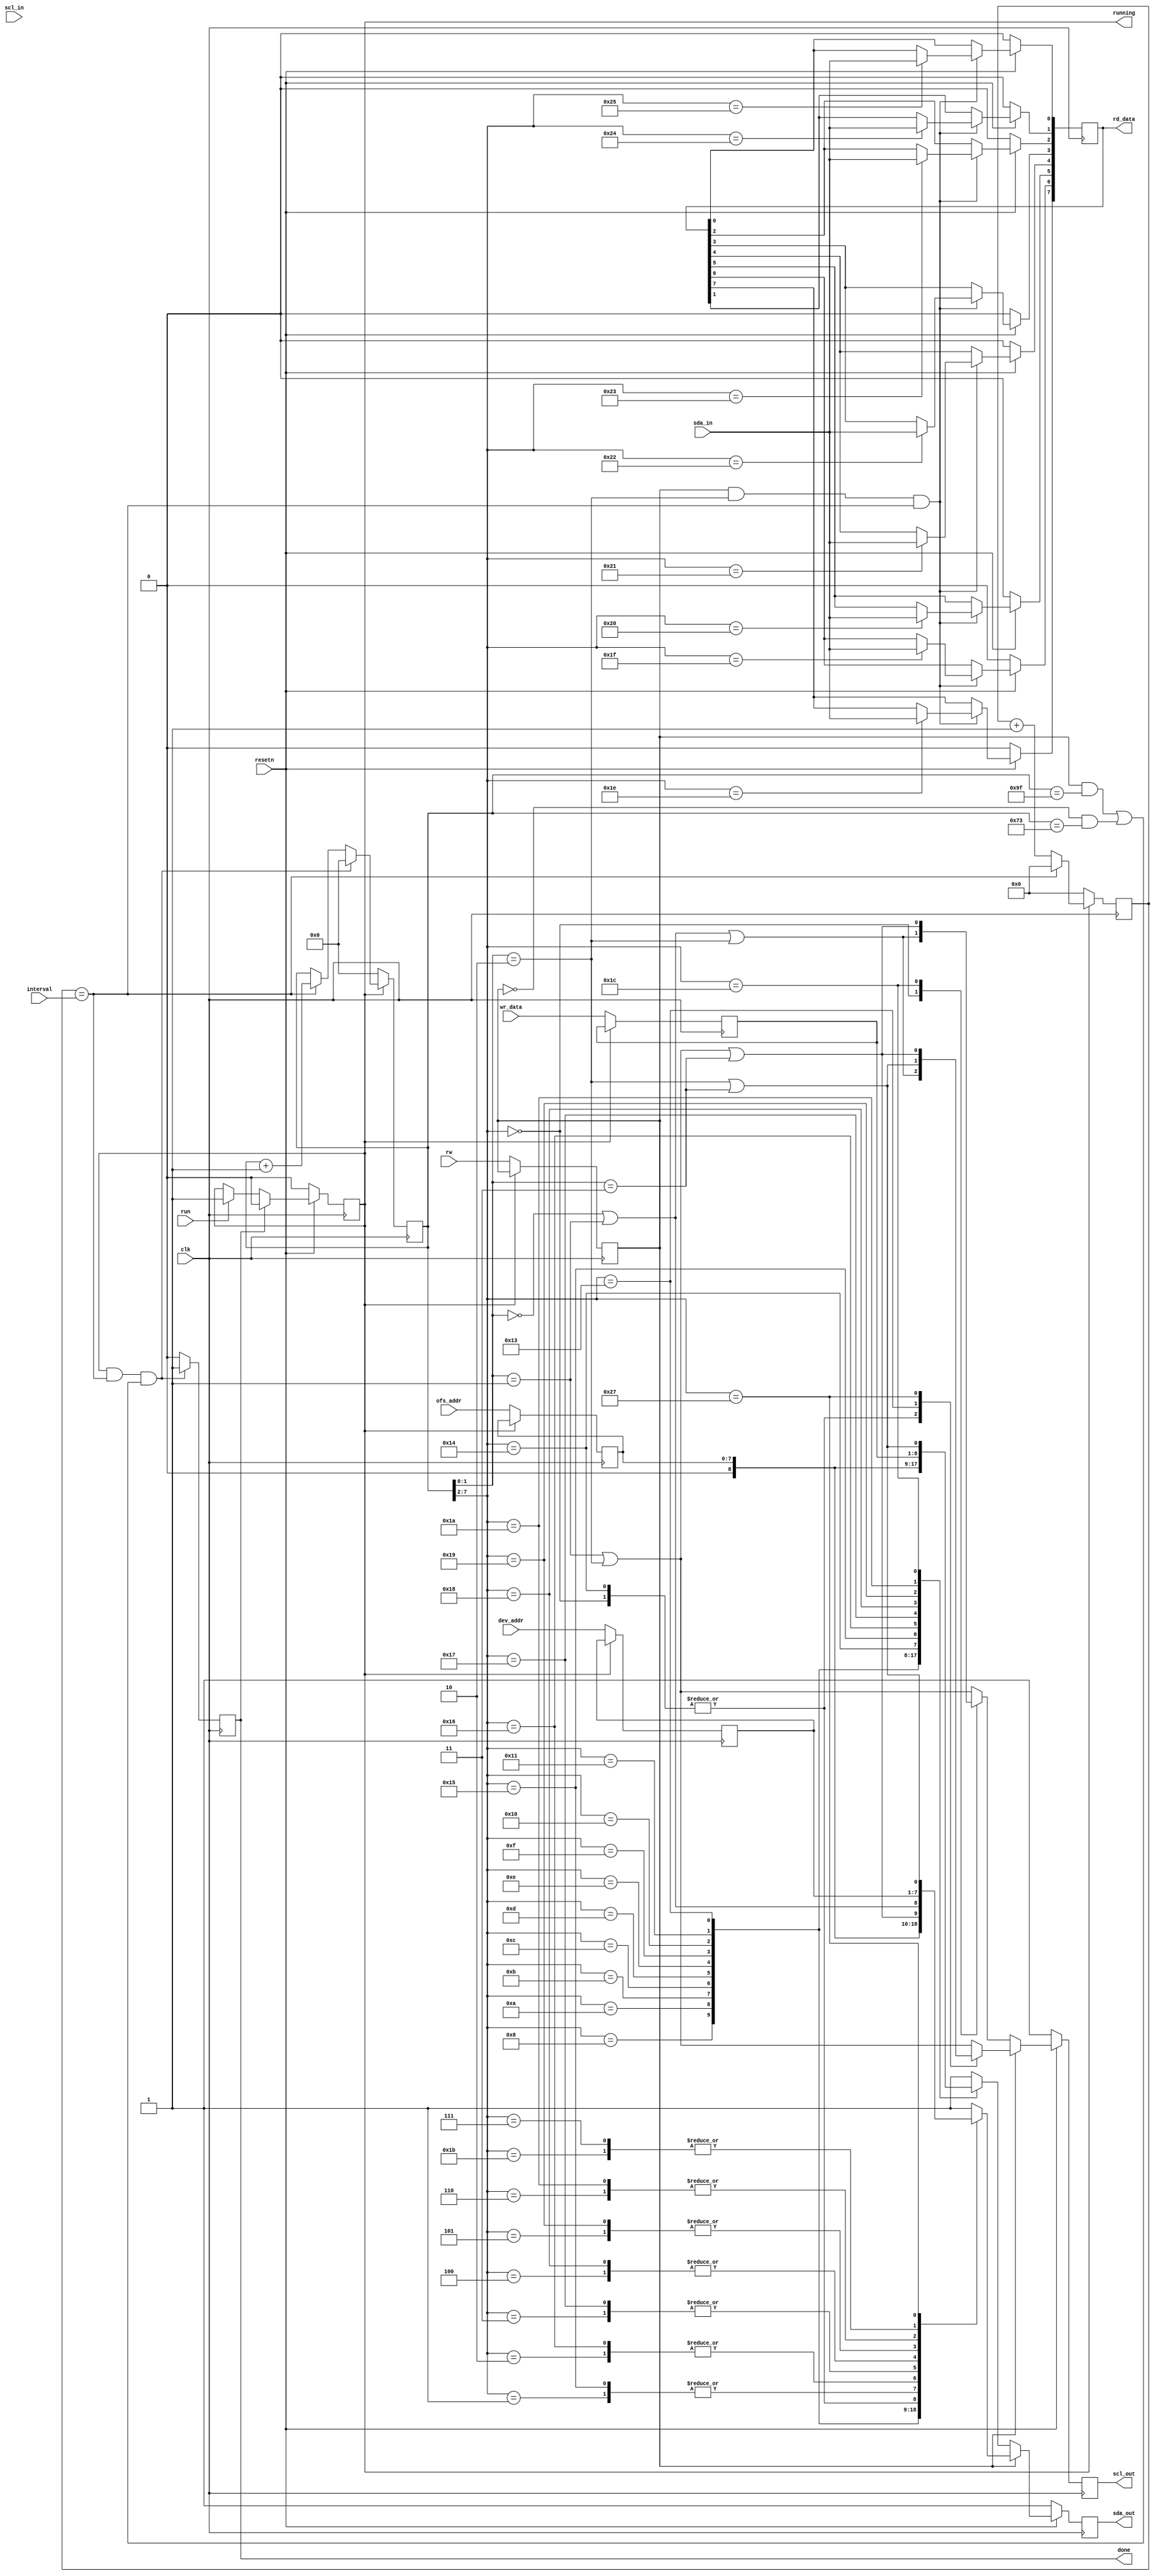
`timescale 1ns / 100ps

module lsc_i2cm(
input		clk,     	// clk 24MHz
input		rw,    		// read/write, 1:read, 0:write
input		run,    	// start (level sensitive for repeat run)
input   [4:0]   interval,
input	[6:0]	dev_addr, 
input	[7:0]	ofs_addr, 
input   [7:0]   wr_data,
input		scl_in, 
input		sda_in,  
output reg	scl_out, 
output reg	sda_out, 
output reg      running,
output reg	done,    	// done (pulse)
output reg [7:0]rd_data, 
input		resetn
);

reg	[4:0]	interval_cnt;
reg	[7:0]   main_cnt;
wire	[1:0]	tick_cnt;
wire	[5:0]	seq_cnt;
wire		tick;

reg	[6:0]	dev_addr_lat;
reg	[7:0]	ofs_addr_lat;
reg	[7:0]	wr_data_lat;
reg		rw_lat;

always @(posedge clk)
begin
    if(running != 1'b1) begin
	dev_addr_lat <= dev_addr;
	ofs_addr_lat <= ofs_addr;
	wr_data_lat  <= wr_data ;
	rw_lat       <= rw;
    end
end

always @(posedge clk)
begin
    if(running == 1'b0)
	interval_cnt <= 5'b0;
    else if(tick)
	interval_cnt <= 5'b0;
    else 
	interval_cnt <= interval_cnt + 5'b1;
end

assign tick = (interval_cnt == interval);

assign tick_cnt = main_cnt[1:0];
assign seq_cnt  = main_cnt[7:2];

always @(posedge clk)
begin
    if(running == 1'b0)
	main_cnt <= 8'b0;
    else if(running && tick && (((rw_lat == 1'b1) && (main_cnt == 8'd159)) || ((rw_lat == 1'b0) && (main_cnt == 8'd115))))
	main_cnt <= 8'b0;
    else if(tick)
	main_cnt <= main_cnt + 8'd1;
end

always @(posedge clk)
begin
    if(resetn == 1'b0) running <= 1'b0;
    else if(done)      running <= 1'b0;
    else if(run)       running <= 1'b1;
end

always @(posedge clk)
begin
    if(running && tick && (((rw_lat == 1'b1) && (main_cnt == 8'd159)) || ((rw_lat == 1'b0) && (main_cnt == 8'd115))))
	done <= 1'b1;
    else
	done <= 1'b0;
end

always @(posedge clk)
begin
    if(resetn == 1'b0) scl_out <= 1'b1;
    else if(rw_lat == 1'b1)
	case(seq_cnt)
	    6'd0, 6'd20: // start
		scl_out <= (tick_cnt == 2'd0) || (tick_cnt == 2'd1) || (tick_cnt == 2'd2);
	    6'd19: // restart
		scl_out <= (tick_cnt == 2'd2) || (tick_cnt == 2'd3);
	    6'd39: // stop
		scl_out <= (tick_cnt == 2'd1) || (tick_cnt == 2'd2) || (tick_cnt == 2'd3);
	    default: // normal bit, restart
		scl_out <= (tick_cnt == 2'd1) || (tick_cnt == 2'd2);
	endcase
    else case (seq_cnt)
	    6'd0: // start
		scl_out <= (tick_cnt == 2'd0) || (tick_cnt == 2'd1) || (tick_cnt == 2'd2);
	    6'd28: // stop
		scl_out <= (tick_cnt == 2'd1) || (tick_cnt == 2'd2) || (tick_cnt == 2'd3);
	    default: // normal bit
		scl_out <= (tick_cnt == 2'd1) || (tick_cnt == 2'd2);
	endcase
end

always @(posedge clk)
begin
    if(resetn == 1'b0) sda_out <= 1'b1;
    else if(rw_lat == 1'b1)
	case(seq_cnt)
	    6'd0: // start
		sda_out <= (tick_cnt == 2'd0) || (tick_cnt == 2'd1);
	    6'd1:
		sda_out <= dev_addr_lat[6];
	    6'd2:
		sda_out <= dev_addr_lat[5];
	    6'd3:
		sda_out <= dev_addr_lat[4];
	    6'd4:
		sda_out <= dev_addr_lat[3];
	    6'd5:
		sda_out <= dev_addr_lat[2];
	    6'd6:
		sda_out <= dev_addr_lat[1];
	    6'd7:
		sda_out <= dev_addr_lat[0];
	    6'd8: // rw - write
		sda_out <= 1'b0;
	    // d9: ack
	    6'd10:
		sda_out <= ofs_addr_lat[7];
	    6'd11:
		sda_out <= ofs_addr_lat[6];
	    6'd12:
		sda_out <= ofs_addr_lat[5];
	    6'd13:
		sda_out <= ofs_addr_lat[4];
	    6'd14:
		sda_out <= ofs_addr_lat[3];
	    6'd15:
		sda_out <= ofs_addr_lat[2];
	    6'd16:
		sda_out <= ofs_addr_lat[1];
	    6'd17:
		sda_out <= ofs_addr_lat[0];
	    // d18: ack
	    6'd19: // restart
		sda_out <= (tick_cnt == 2'd1) || (tick_cnt == 2'd2) || (tick_cnt == 2'd3);
	    6'd20: // start
		sda_out <= (tick_cnt == 2'd0) || (tick_cnt == 2'd1);
	    6'd21:
		sda_out <= dev_addr_lat[6];
	    6'd22:
		sda_out <= dev_addr_lat[5];
	    6'd23:
		sda_out <= dev_addr_lat[4];
	    6'd24:
		sda_out <= dev_addr_lat[3];
	    6'd25:
		sda_out <= dev_addr_lat[2];
	    6'd26:
		sda_out <= dev_addr_lat[1];
	    6'd27:
		sda_out <= dev_addr_lat[0];
	    // d28: rw - read
	    // d29: ack
	    // d30 ~ 37: data read
	    // d38: ack_bar
	    6'd39: // stop
		sda_out <= (tick_cnt == 2'd2) || (tick_cnt == 2'd3);
	    default:
		sda_out <= 1'b1;
	endcase
    else case (seq_cnt)
	    6'd0: // start
		sda_out <= (tick_cnt == 2'd0) || (tick_cnt == 2'd1);
	    6'd1:
		sda_out <= dev_addr_lat[6];
	    6'd2:
		sda_out <= dev_addr_lat[5];
	    6'd3:
		sda_out <= dev_addr_lat[4];
	    6'd4:
		sda_out <= dev_addr_lat[3];
	    6'd5:
		sda_out <= dev_addr_lat[2];
	    6'd6:
		sda_out <= dev_addr_lat[1];
	    6'd7:
		sda_out <= dev_addr_lat[0];
	    6'd8: // rw - write
		sda_out <= 1'b0;
	    // d9: ack
	    6'd10:
		sda_out <= ofs_addr_lat[7];
	    6'd11:
		sda_out <= ofs_addr_lat[6];
	    6'd12:
		sda_out <= ofs_addr_lat[5];
	    6'd13:
		sda_out <= ofs_addr_lat[4];
	    6'd14:
		sda_out <= ofs_addr_lat[3];
	    6'd15:
		sda_out <= ofs_addr_lat[2];
	    6'd16:
		sda_out <= ofs_addr_lat[1];
	    6'd17:
		sda_out <= ofs_addr_lat[0];
	    // d18: ack
	    6'd19:
		sda_out <= wr_data_lat[7];
	    6'd20:
		sda_out <= wr_data_lat[6];
	    6'd21:
		sda_out <= wr_data_lat[5];
	    6'd22:
		sda_out <= wr_data_lat[4];
	    6'd23:
		sda_out <= wr_data_lat[3];
	    6'd24:
		sda_out <= wr_data_lat[2];
	    6'd25:
		sda_out <= wr_data_lat[1];
	    6'd26:
		sda_out <= wr_data_lat[0];
	    // d27: ack
	    6'd28: // stop
		sda_out <= (tick_cnt == 2'd2) || (tick_cnt == 2'd3);
	    default:
		sda_out <= 1'b1;
	endcase
end

always @(posedge clk)
begin
    if(resetn == 1'b0) rd_data <= 8'b0;
    else if((rw_lat == 1'b1) && (tick_cnt == 2'd2) && tick)
	case(seq_cnt)
	    6'd30:
		rd_data[7] <= sda_in;
	    6'd31:
		rd_data[6] <= sda_in;
	    6'd32:
		rd_data[5] <= sda_in;
	    6'd33:
		rd_data[4] <= sda_in;
	    6'd34:
		rd_data[3] <= sda_in;
	    6'd35:
		rd_data[2] <= sda_in;
	    6'd36:
		rd_data[1] <= sda_in;
	    6'd37:
		rd_data[0] <= sda_in;
	endcase
end

endmodule